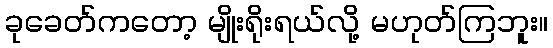
ခုခေတ်ကတော့ မျိုးရိုးရယ်လို့ မဟုတ်ကြဘူး။